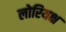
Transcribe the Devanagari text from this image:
लोरियक्ष